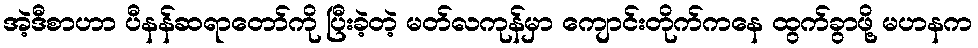
အဲ့ဒီစာဟာ ပီနန်ဆရာတော်ကို ပြီးခဲ့တဲ့ မတ်လကုန်မှာ ကျောင်းတိုက်ကနေ ထွက်ခွာဖို့ မဟနက